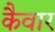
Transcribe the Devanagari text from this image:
कैवार